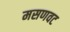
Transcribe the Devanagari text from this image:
मसणवट